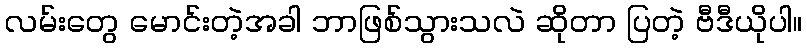
လမ်းတွေ မောင်းတဲ့အခါ ဘာဖြစ်သွားသလဲ ဆိုတာ ပြတဲ့ ဗီဒီယိုပါ။